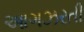
આગઝરતી